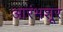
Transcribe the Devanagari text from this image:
आरंभशूर